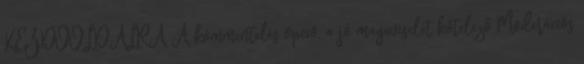
KEZDŐOLDALRA A kommentelés opció, a jó magaviselet kötelező Moderációs